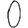
Digit: 0